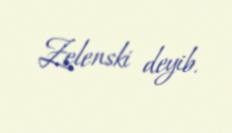
Zelenski deyib.